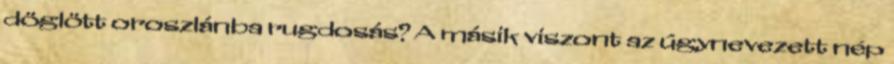
döglött oroszlánba rugdosás? A másik viszont az úgynevezett nép